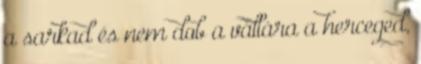
a sarkad és nem dob a vállára a herceged,